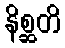
နိစ္ဆတိ